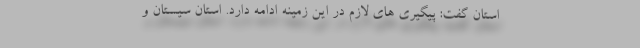
استان گفت: پیگیری های لازم در این زمینه ادامه دارد. استان سیستان و